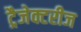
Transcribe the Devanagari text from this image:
ट्रैजेक्टरीज